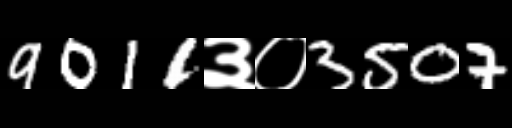
Text: 9011३०3507